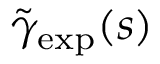
\tilde { \gamma } _ { \mathrm { e x p } } ( s )